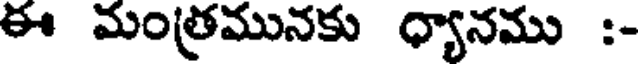
ఈ మంత్రమునకు ధ్యానము :-